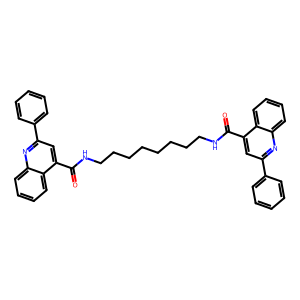
SMILES: O=C(NCCCCCCCCNC(=O)c1cc(-c2ccccc2)nc2ccccc12)c1cc(-c2ccccc2)nc2ccccc12
Inhibits HIV replication: No